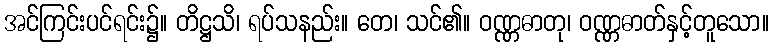
အင်ကြင်းပင်ရင်း၌။ တိဋ္ဌသိ၊ ရပ်သနည်း။ တေ၊ သင်၏။ ဝဏ္ဏဓာတု၊ ဝဏ္ဏဓာတ်နှင့်တူသော။